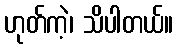
ဟုတ်ကဲ့၊ သိပါတယ်။